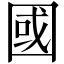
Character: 國